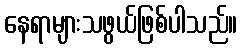
နေရာများသဖွယ်ဖြစ်ပါသည်။